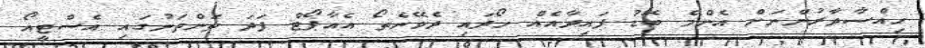
ހިއްސާދާރުންނަށް އެންމެ ބޮޑު ފައިދާއެއް ހޯދައި ދެވޭނެތޯ އެއާޕޯޓް ފަދަ ތަންތަނުގައި އެސްޓީއޯ